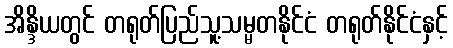
အိန္ဒိယတွင် တရုတ်ပြည်သူ့သမ္မတနိုင်ငံ တရုတ်နိုင်ငံနှင့်